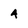
Character: a